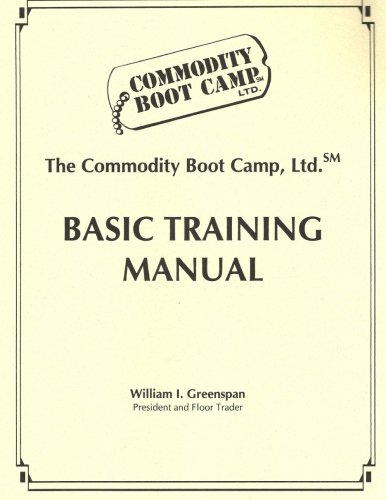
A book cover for The Commodity Boot Camp Basic Training Manual; Mr William I Greenspan; Business & Money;